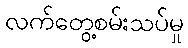
လက်တွေ့စမ်းသပ်မှု